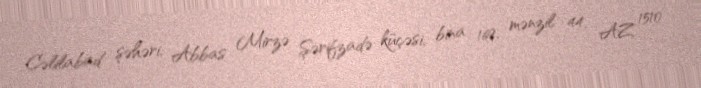
Cəlilabad şəhəri, Abbas Mirzə Şərifzadə küçəsi, bina 169, mənzil 44, AZ 1510